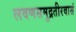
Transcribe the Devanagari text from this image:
लवणसमुद्रतीरवासं